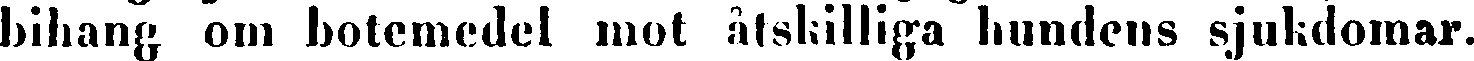
bihang om botemedel mot åtskilliga hundens sjukdomar.